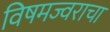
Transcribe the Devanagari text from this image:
विषमज्वराचा